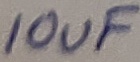
Text: 10uF